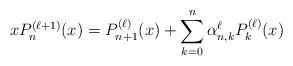
LaTeX: \begin{align*}xP_n^{(\ell+1)}(x)=P_{n+1}^{(\ell)}(x)+\sum_{k=0}^n\alpha_{n,k}^\ell P_k^{(\ell)}(x)\end{align*}